Annual administration report of the Bombay Presidency - 1887-1892
Year: 1887
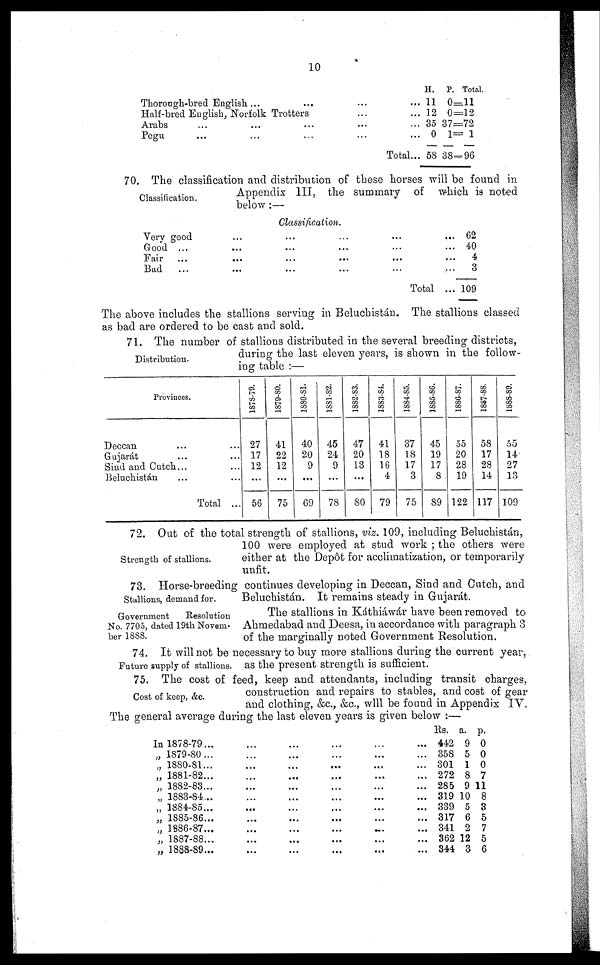
10
Thorough-bred English ...
...
...
...
Half-bred English, Norfolk Trotters
...
...
Arabs
...
...
...
...
...
Pegu
...
...
...
...
...
Total ...
H.
11
12
35
0
58
P. Total.
0=11
0=12
37=72
1= 1
38—96
Classification.
70. The classification and distribution of these horses will be found in
Appendix III, the summary of which is noted
below:—
Classification.
Very good
Good ...
Fair ...
Bad
...
...
...
...
...
...
...
...
...
...
...
...
...
...
...
...
...
...
...
...
...
Total ...
62
40
4
3
109
The above includes the stallions serving in Beluchistán. The stallions classed
as bad are ordered to be cast and sold.
Distribution.
71. The number of stallions distributed in the several breeding districts,
during the last eleven years, is shown in the follow-
ing table :—
Provinces.
Deccan ... ...
Gujarát ... ...
Sind and Cutch... ...
Beluchistán ... ...
Total ...
1878-79.
27
17
12
...
56
1879-80.
41
22
12
...
75
1880-81.
40
20
9
...
69
1881-82.
45
24
9
...
78
1882-83.
47
20
13
...
80
1883-84.
41
18
16
4
79
1884-85.
37
18
17
3
75
1885-86.
45
19
17
8
89
1886-87.
55
20
28
19
122
1887-88.
58
17
28
14
117
1888-89.
55
14
27
13
109
Strength of stallions.
72. Out of the total strength of stallions, viz. 109, including Beluchistán,
100 were employed at stud work ; the others were
either at the Depôt for acclimatization, or temporarily
unfit.
Stallions, demand for.
73. Horse-breeding continues developing in Deccan, Sind and Cutch, and
Beluchistán. It remains steady in Gujarát.
Government
Resolution
No. 7705, dated 19th Novem-
ber 1888.
The stallions in Káthiáwár have been removed to
Ahmedabad and Deesa, in accordance with paragraph 3
of the marginally noted Government Resolution.
Future supply of stallions.
74. It will not be necessary to buy more stallions during the current year,
as the present strength is sufficient.
Cost of keep, &c.
75. The cost of feed, keep and attendants, including transit charges,
construction and repairs to stables, and cost of gear
and clothing, &c., &c., will be found in Appendix IV.
The general average during the last eleven years is given below :—
In 1878-79...
„ 1879-80 ...
„ 1880-81...
„ 1881-82...
„ 1882-83...
„ 1883-84...
„ 1884-85...
„ 1885-86...
„ 1886-87...
„ 1887-88...
„ 1888-89...
...
...
...
...
...
...
...
...
...
...
...
...
...
...
...
...
...
...
...
...
...
...
...
...
...
...
...
...
...
...
...
...
...
...
...
...
...
...
...
...
...
...
...
...
...
...
...
...
...
...
...
...
...
...
...
Rs.
442
358
301
272
285
319
339
317
341
362
344
a.
9
5
1
8
9
10
5
6
2
12
3
p.
0
0
0
7
11
8
3
5
7
5
6